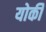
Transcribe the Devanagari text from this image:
योर्की